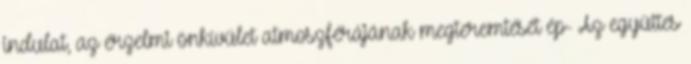
indulat, az érzelmi önkívület atmoszférájának megteremtését ép- Az együttes